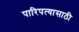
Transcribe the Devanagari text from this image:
पारिपत्यासाठी